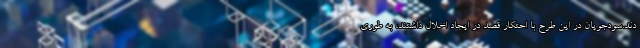
دند.سودجویان در این طرح با احتکار قصد در ایجاد اخلال داشتند، به طوری